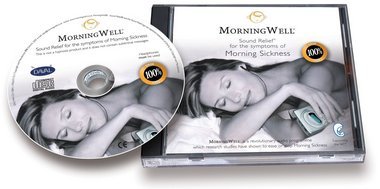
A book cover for Morning Well: Sound Relief for the symptoms of Morning Sickness; Daval Ltd.; Parenting & Relationships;